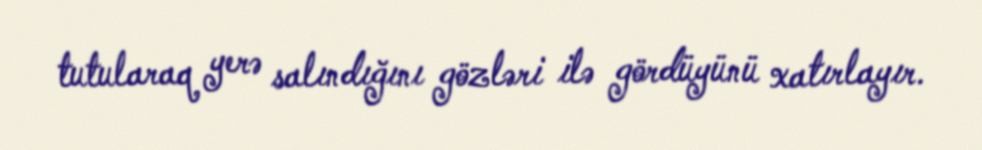
tutularaq yerə salındığını gözləri ilə gördüyünü xatırlayır.